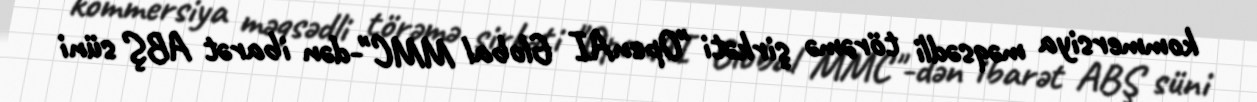
kommersiya məqsədli törəmə şirkəti "OpenAI Global MMC"-dən ibarət ABŞ süni